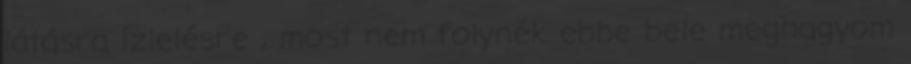
látásra ízlelésre , most nem folynék ebbe bele meghagyom